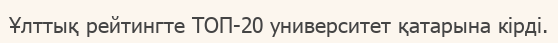
Ұлттық рейтингте ТОП-20 университет қатарына кірді.